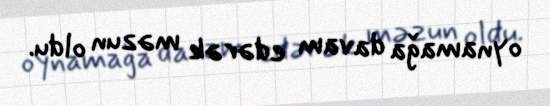
oynamağa davam edərək məzun oldu.